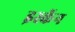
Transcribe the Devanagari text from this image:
इस्कॅन